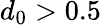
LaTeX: d_{0}>0.5